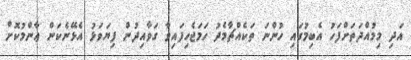
އަދި މިމުއްދަތަށްފަހު އެބިމުގައި ހުންނަ ތަކެއްޗާމެދު ހަމަޖެހިފައިވާ ގަވާއިދުން ފިޔަވަޅު އެޅޭނެކަން ޢާންމުކޮށް